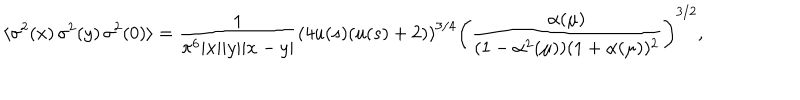
\langle \sigma ^ { 2 } ( x ) \, \sigma ^ { 2 } ( y ) \, \sigma ^ { 2 } ( 0 ) \rangle = { \frac { 1 } { \pi ^ { 6 } | x | | y | | x - y | } } \left( 4 u ( s ) ( u ( s ) + 2 ) \right) ^ { 3 / 4 } \left( { \frac { \alpha ( \mu ) } { ( 1 - \alpha ^ { 2 } ( \mu ) ) ( 1 + \alpha ( \mu ) ) ^ { 2 } } } \right) ^ { 3 / 2 } ,